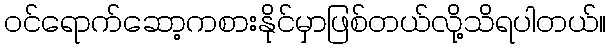
ဝင်ရောက်ဆော့ကစားနိုင်မှာဖြစ်တယ်လို့သိရပါတယ်။